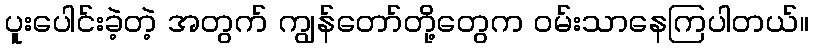
ပူးပေါင်းခဲ့တဲ့ အတွက် ကျွန်တော်တို့တွေက ဝမ်းသာနေကြပါတယ်။